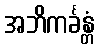
အဘိကင်္ခန္တံ